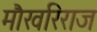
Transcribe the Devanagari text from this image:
मौखरिराज